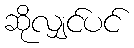
ဆိုလျှင်ပင်